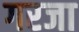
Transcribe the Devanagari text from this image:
गरजा